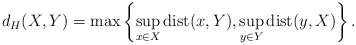
\begin{align*}d_H(X, Y) = \max\left\{ \sup_{x \in X} \mathrm{dist}(x, Y), \sup_{y \in Y} \mathrm{dist}(y, X) \right\}.\end{align*}